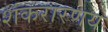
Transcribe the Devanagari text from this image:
शंकरारणय